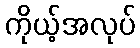
ကိုယ့်အလုပ်